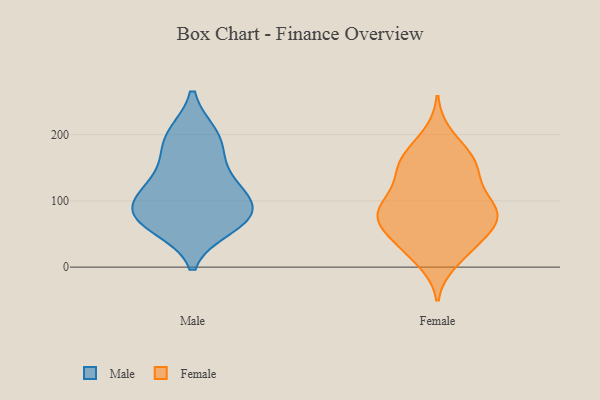
{"axis": {"x": "Waste Production (Tons)", "y": "Value"}, "legend": ["Female", "Male"], "data": [{"x": "", "y": 197, "type": "Male"}, {"x": "", "y": 72, "type": "Male"}, {"x": "", "y": 74, "type": "Male"}, {"x": "", "y": 83, "type": "Male"}, {"x": "", "y": 62, "type": "Male"}, {"x": "", "y": 131, "type": "Male"}, {"x": "", "y": 83, "type": "Male"}, {"x": "", "y": 199, "type": "Male"}, {"x": "", "y": 108, "type": "Male"}, {"x": "", "y": 118, "type": "Male"}, {"x": "", "y": 169, "type": "Male"}, {"x": "", "y": 40, "type": "Female"}, {"x": "", "y": 75, "type": "Female"}, {"x": "", "y": 114, "type": "Female"}, {"x": "", "y": 148, "type": "Female"}, {"x": "", "y": 63, "type": "Female"}, {"x": "", "y": 171, "type": "Female"}, {"x": "", "y": 81, "type": "Female"}, {"x": "", "y": 30, "type": "Female"}, {"x": "", "y": 81, "type": "Female"}, {"x": "", "y": 95, "type": "Female"}, {"x": "", "y": 11, "type": "Female"}, {"x": "", "y": 197, "type": "Female"}, {"x": "", "y": 159, "type": "Female"}, {"x": "", "y": 72, "type": "Female"}, {"x": "", "y": 115, "type": "Female"}, {"x": "", "y": 26, "type": "Female"}, {"x": "", "y": 71, "type": "Female"}, {"x": "", "y": 152, "type": "Female"}, {"x": "", "y": 154, "type": "Female"}, {"x": "", "y": 82, "type": "Female"}]}